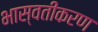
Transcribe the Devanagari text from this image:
भास्वतीकरण